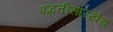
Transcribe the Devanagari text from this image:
पद्धतीसारखेच